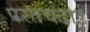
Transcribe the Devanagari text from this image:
परतचढाई